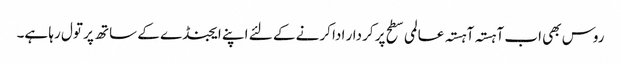
روس بھی اب آہستہ آہستہ عالمی سطح پر کردار ادا کرنے کے لئے اپنے ایجنڈے کے ساتھ پر تول رہا ہے۔